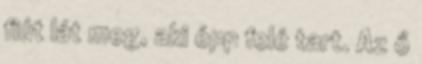
fiút lát meg, aki épp felé tart. Az ő